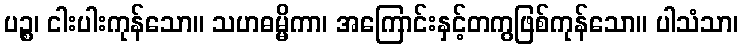
ပဉ္စ၊ ငါးပါးကုန်သော။ သဟဓမ္မိကာ၊ အကြောင်းနှင့်တကွဖြစ်ကုန်သော။ ပါသံသာ၊